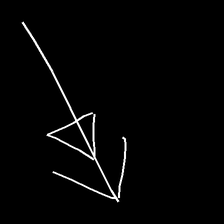
Glyph: pull